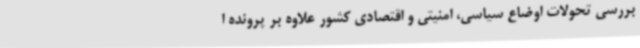
بررسی تحولات اوضاع سیاسی، امنیتی و اقتصادی کشور علاوه بر پرونده ا